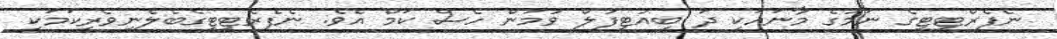
ނެފެރްޓިޓީގެ ނަމުގެ މާނައަކީ ދަ ބިއުޓިފުލް ވުމަން ހެސް ކަމް އެވެ. ނެފެރެޓިޓީގެބެލެނިވެރިކަމަކީ